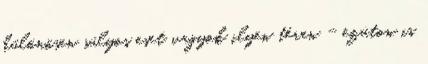
különösen súlyos eset vagyok ilyen téren - ezúton is